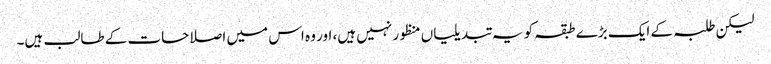
لیکن طلبہ کے ایک بڑے طبقہ کو یہ تبدیلیاں منظور نہیں ہیں، اور وہ اس میں اصلاحات کے طالب ہیں۔